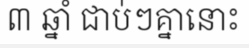
៣ ឆ្នាំ ជាប់ៗគ្នានោះ